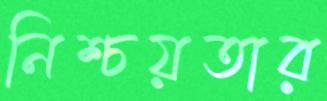
নিশ্চয়তার